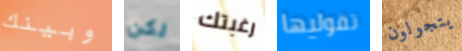
وبينك لكن رغبتك تقوليها يتجولون